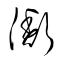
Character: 衡